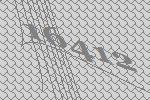
16412